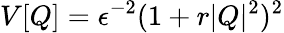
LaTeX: V[Q]=\epsilon^{-2}(1+r|Q|^{2})^{2}